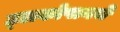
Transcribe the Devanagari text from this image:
ट्लकोपानचे